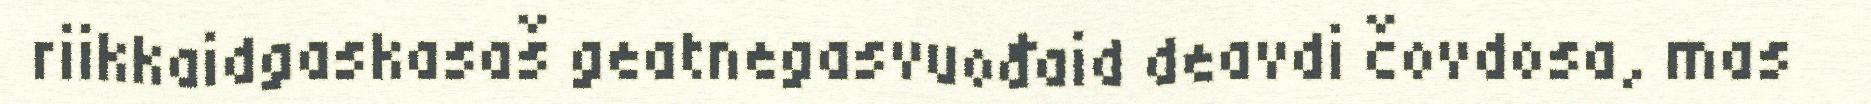
riikkaidgaskasaš geatnegasvuođaid deavdi čovdosa, mas